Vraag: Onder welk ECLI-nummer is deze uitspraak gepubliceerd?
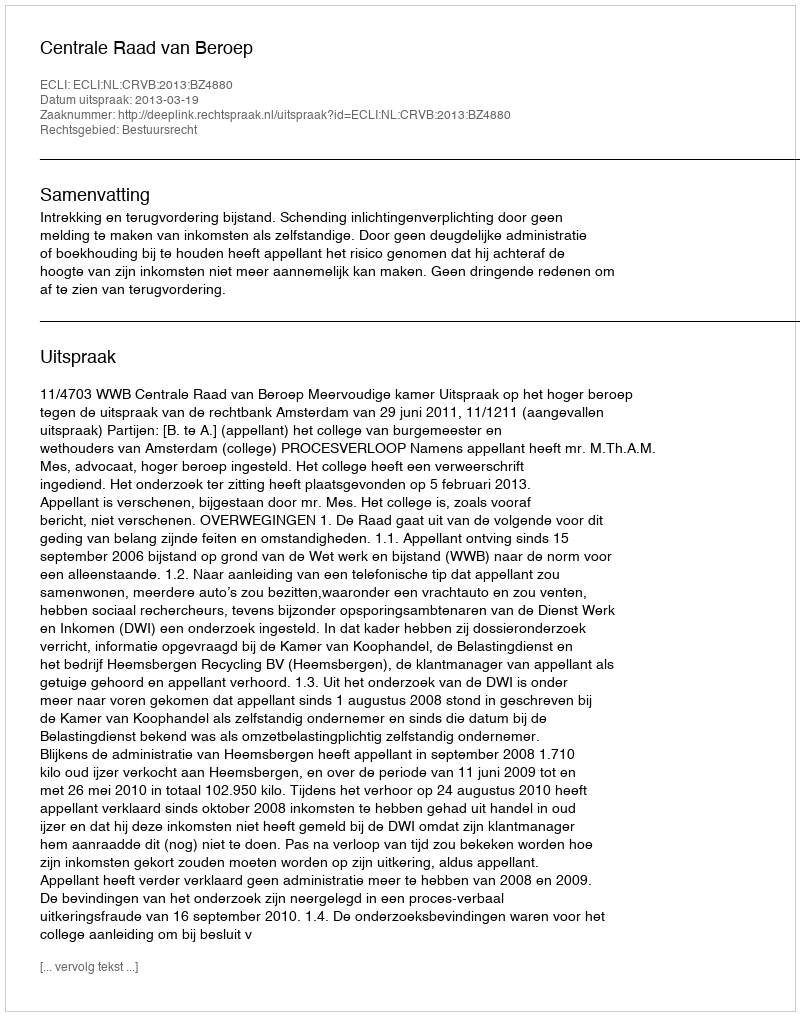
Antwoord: ECLI:NL:CRVB:2013:BZ4880